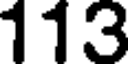
113